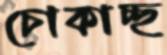
চোকাচ্ছ